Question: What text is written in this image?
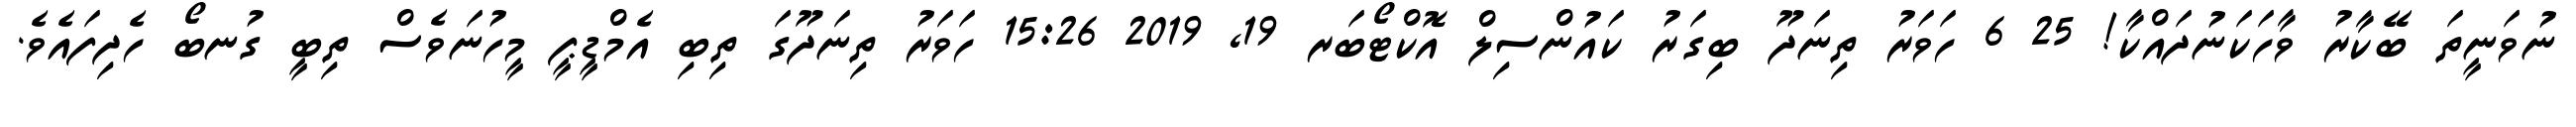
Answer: ނުވަނީތަ ބޭކާރު ވާހަކަނުދައްކާ! 25 6 ހަވަރު ތިނަދޫ ބިގަރު ކައުންސިލް އޮކްޓޯބަރ 19, 2019 15:26 ހަވަރު ތިނަދޫގަ ތިބި އެމްޑީޕީ މީހުނަވެސް ތިބީ ގުނބޯ ހެދިފައެވެ.